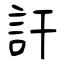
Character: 訐